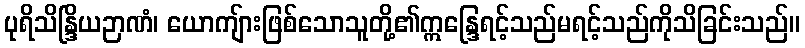
ပုရိသိန္ဒြိယဉာဏံ၊ ယောကျ်ားဖြစ်သောသူတို့၏ဣန္ဒြေရင့်သည်မရင့်သည်ကိုသိခြင်းသည်။